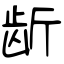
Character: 龂